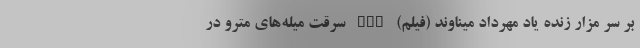
بر سر مزار زنده یاد مهرداد میناوند (فیلم) nan سرقت میله‌های مترو در